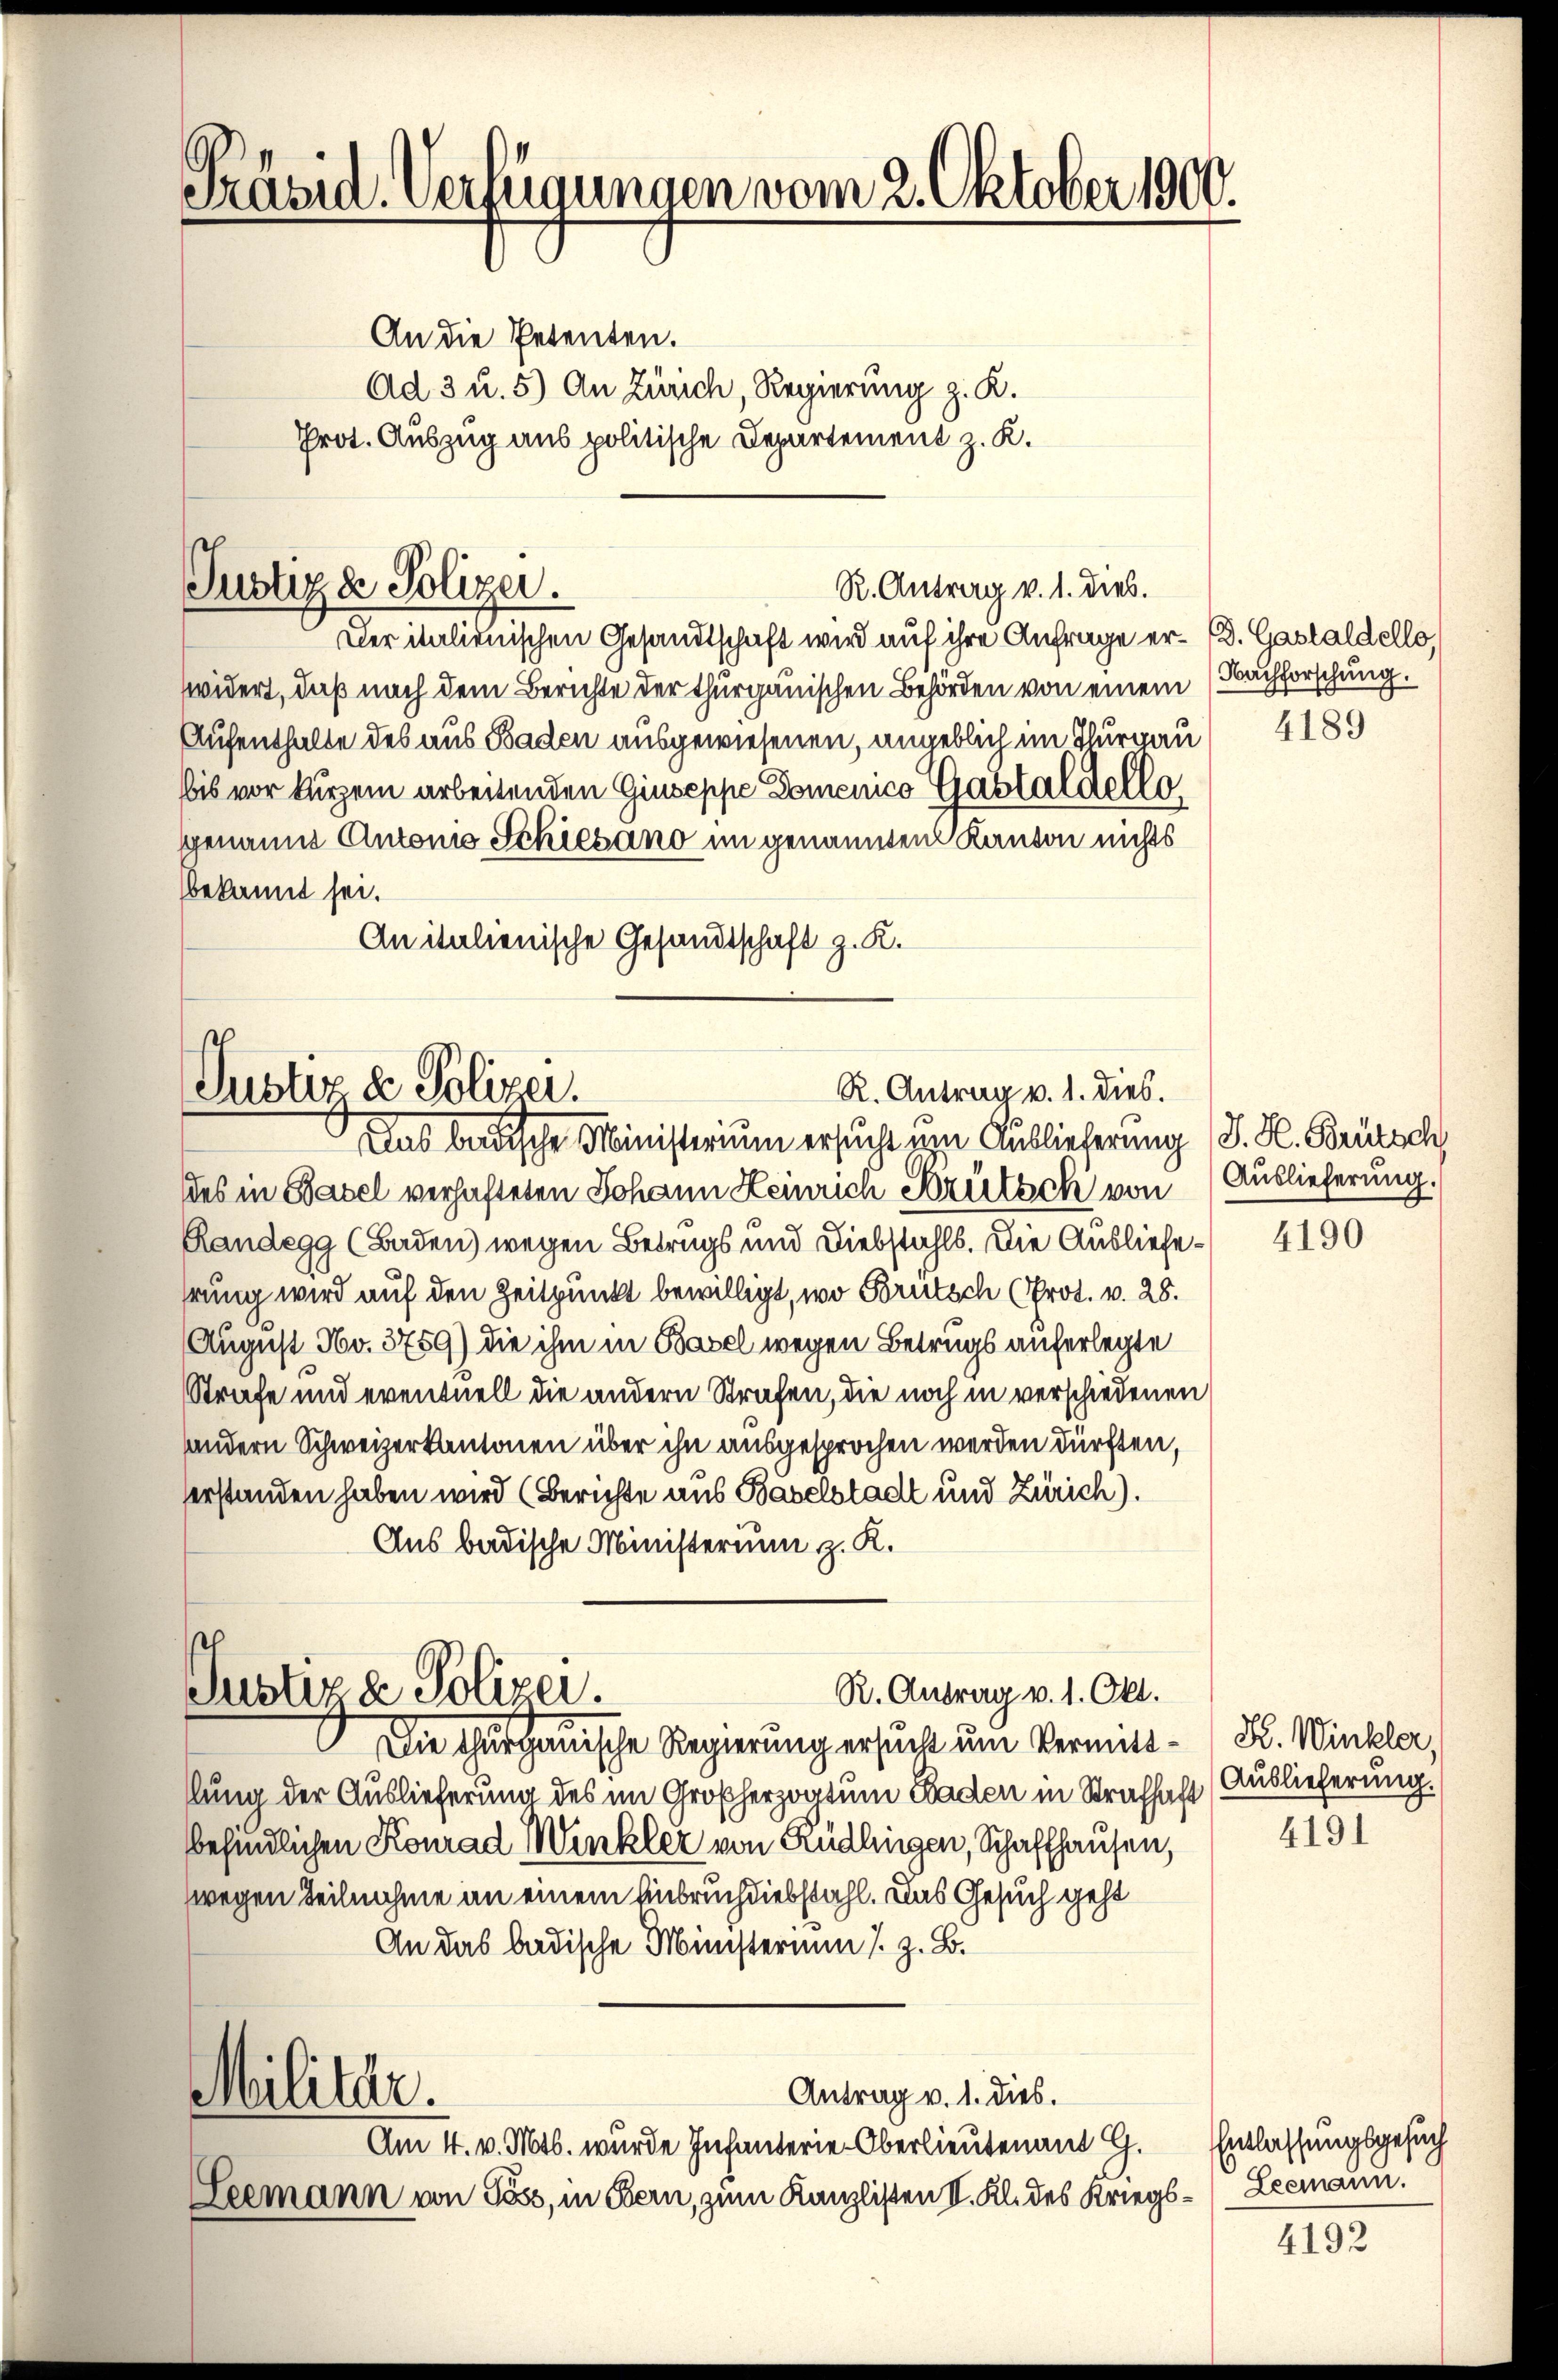
Präsid. Verfügungen vom 2. Oktober 1900.

An die Petenten.
Ad 3 u. 5) An Zürich Regierung z. K.
Prot. Auszug aus politische Departement z. K.
veritalienischen Gesandtschaft wird auf ihre Anfrage er- D. Gastaldello
widert, daß nach dem Berichte der thurgauischen Behörden von einem (Bachforschung.
Aufenthalte des aus Baden ausgewiesenen, angeblich im Thurgau
bis vor kurzem arbeitenden Giuseppe Domenico Gastaldelle
genaues Antons Schiesano im genannten Kanton nichts
bekannt sei.
Anitalienische Gesandtschaft z. K.

Justiz & Polizei.

Justiz & Polizei.
R. Antrag v. 1. dies.
Das badische Ministerium ersucht um Auslieferung (S. H. Brütsch

Justiz & Polizei.

R. Antrag v. 1. dies.

des in Basel verhafteten Johann Heinrich Srütsch von Auslieferung.
Randegg (Baden) wegen Betrugs und Diebstahls. Die Ausliefehrung wird auf den Zeitpunkt bewilligt, wo Brutsch (Prot. v. 28.
August No. 3759) die ihm in Basel wegen Betrugs auferlegte
Strafe und eventuell die andern Strafen, die noch in verschiedenen
andern Schweizerkantonen über ihn ausgesprochen werden dürften,
serstanden haben wird (Berichte aus Baselstadt und Zürich).
Aus badische Ministerium z. K.
Die Thurgauische Regierung ersucht ŭm Vermitt- (H. Winkler,
llung der Auslieferung des im Großherzogtum Baden in Strafhaft (Auslieferung
befindlichen Konrad Winkler von Rüdlingen, Schaffhausen,
zwegen Teilnahme an einem Einbruch diebstahl. Das Gesuch geht
An das badische Ministerium s. z. B.
Antrag v. 1. dies.
Militar.
Am 4. v. Mts. wurde Infanterie-Oberlieutenant G.
Leemann von Pass, in Bern, zum Kanzlisten II. Kl. des Kriegs- Leemann.

R. Antrag v. 1. Okt.

4189

4190

4191

Entlassungsgesuch

4192